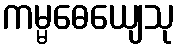
ကမ္မဓေယျေသု